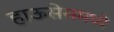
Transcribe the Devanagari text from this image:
हाऊसेसमध्ये